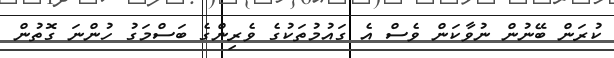
ކުރަން ބޭނުން ނުވާކަން ވެސް އެ ގައުމުތަކުގެ ވެރިންގެ ބަސްމަގު ހުންނަ ގޮތުން